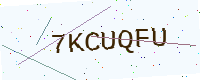
Text: 7KCUQFU